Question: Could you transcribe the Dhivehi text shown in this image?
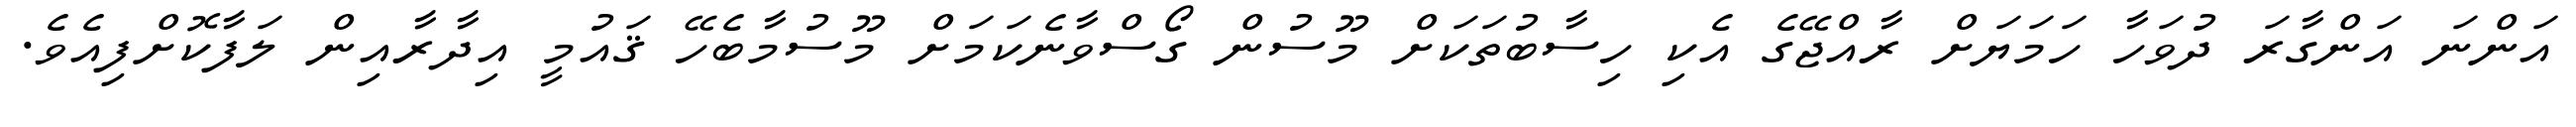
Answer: އަންނަ އަންގާރަ ދުވަހާ ހަމަޔަށް ރާއްޖޭގެ އެކި ހިސާބުތަކަށް މޫސުން ގޯސްވާނެކަމަށް މޫސުމާބެހޭ ޤައުމީ އިދާރާއިން ލަފާކޮށްފިއެވެ.